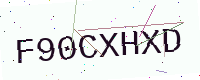
Text: F90CXHXD